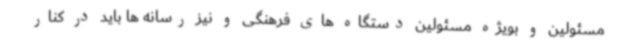
مسئولین و بویژه مسئولین دستگاه های فرهنگی و نیز رسانه ها باید در کنار